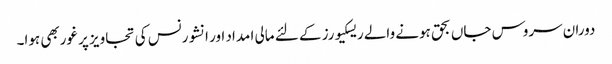
دوران سروس جاں بحق ہونے والے ریسکیورز کے لئے مالی ا مداد اور انشورنس کی تجاویز پر غوربھی ہوا۔